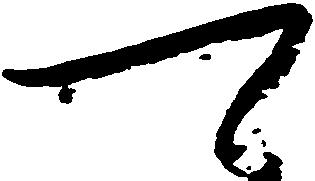
可